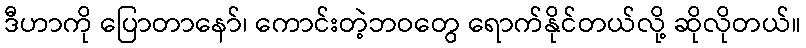
ဒီဟာကို ပြောတာနော်၊ ကောင်းတဲ့ဘဝတွေ ရောက်နိုင်တယ်လို့ ဆိုလိုတယ်။